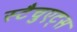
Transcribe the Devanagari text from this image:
स्टैचुएट्स